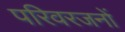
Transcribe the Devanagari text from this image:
परिवरजनों